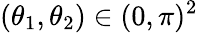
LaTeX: (\theta_{1},\theta_{2})\in(0,\pi)^{2}